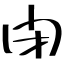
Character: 閉